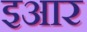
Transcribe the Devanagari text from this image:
इआर